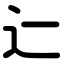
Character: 辷